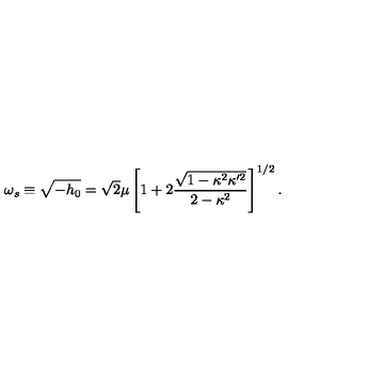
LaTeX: \omega _ { s } \equiv \sqrt { - h _ { 0 } } = \sqrt { 2 } \mu \left[ 1 + 2 \frac { \sqrt { 1 - \kappa ^ { 2 } \kappa ^ { \prime 2 } } } { 2 - \kappa ^ { 2 } } \right] ^ { 1 / 2 } .